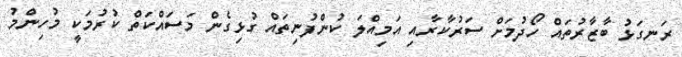
ރަނގަޅު ބާޒާރުތައް ހޯދުމަށް ސަރުކާރާއި އަމިއްލަ ކުންފުނިތައް ގުޅިގެން މަސައްކަތް ކުރުމަކީ މުހިންމު